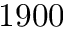
1 9 0 0